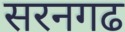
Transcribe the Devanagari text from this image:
सरनगढ